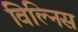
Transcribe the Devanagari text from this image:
विल्निस